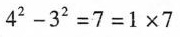
$$4 ^ { 2 } - 3 ^ { 2 } = 7 = 1 \times 7$$